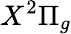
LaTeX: X^{2}\Pi_{g}